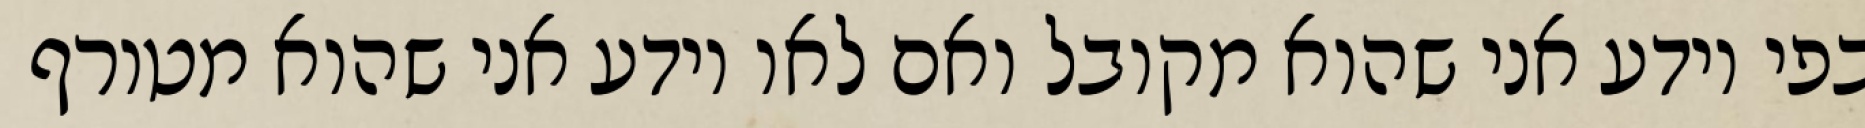
בפי יודע אני שהוא מקובל ואם לאו יודע אני שהוא מטורף